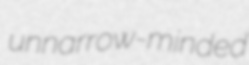
unnarrow-minded